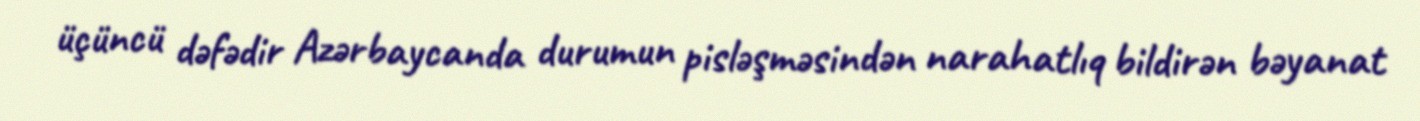
üçüncü dəfədir Azərbaycanda durumun pisləşməsindən narahatlıq bildirən bəyanat